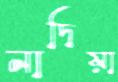
নাদিয়া